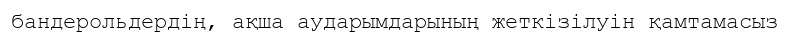
бандерольдердің, ақша аударымдарының жеткізілуін қамтамасыз